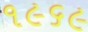
૧૯૬૯